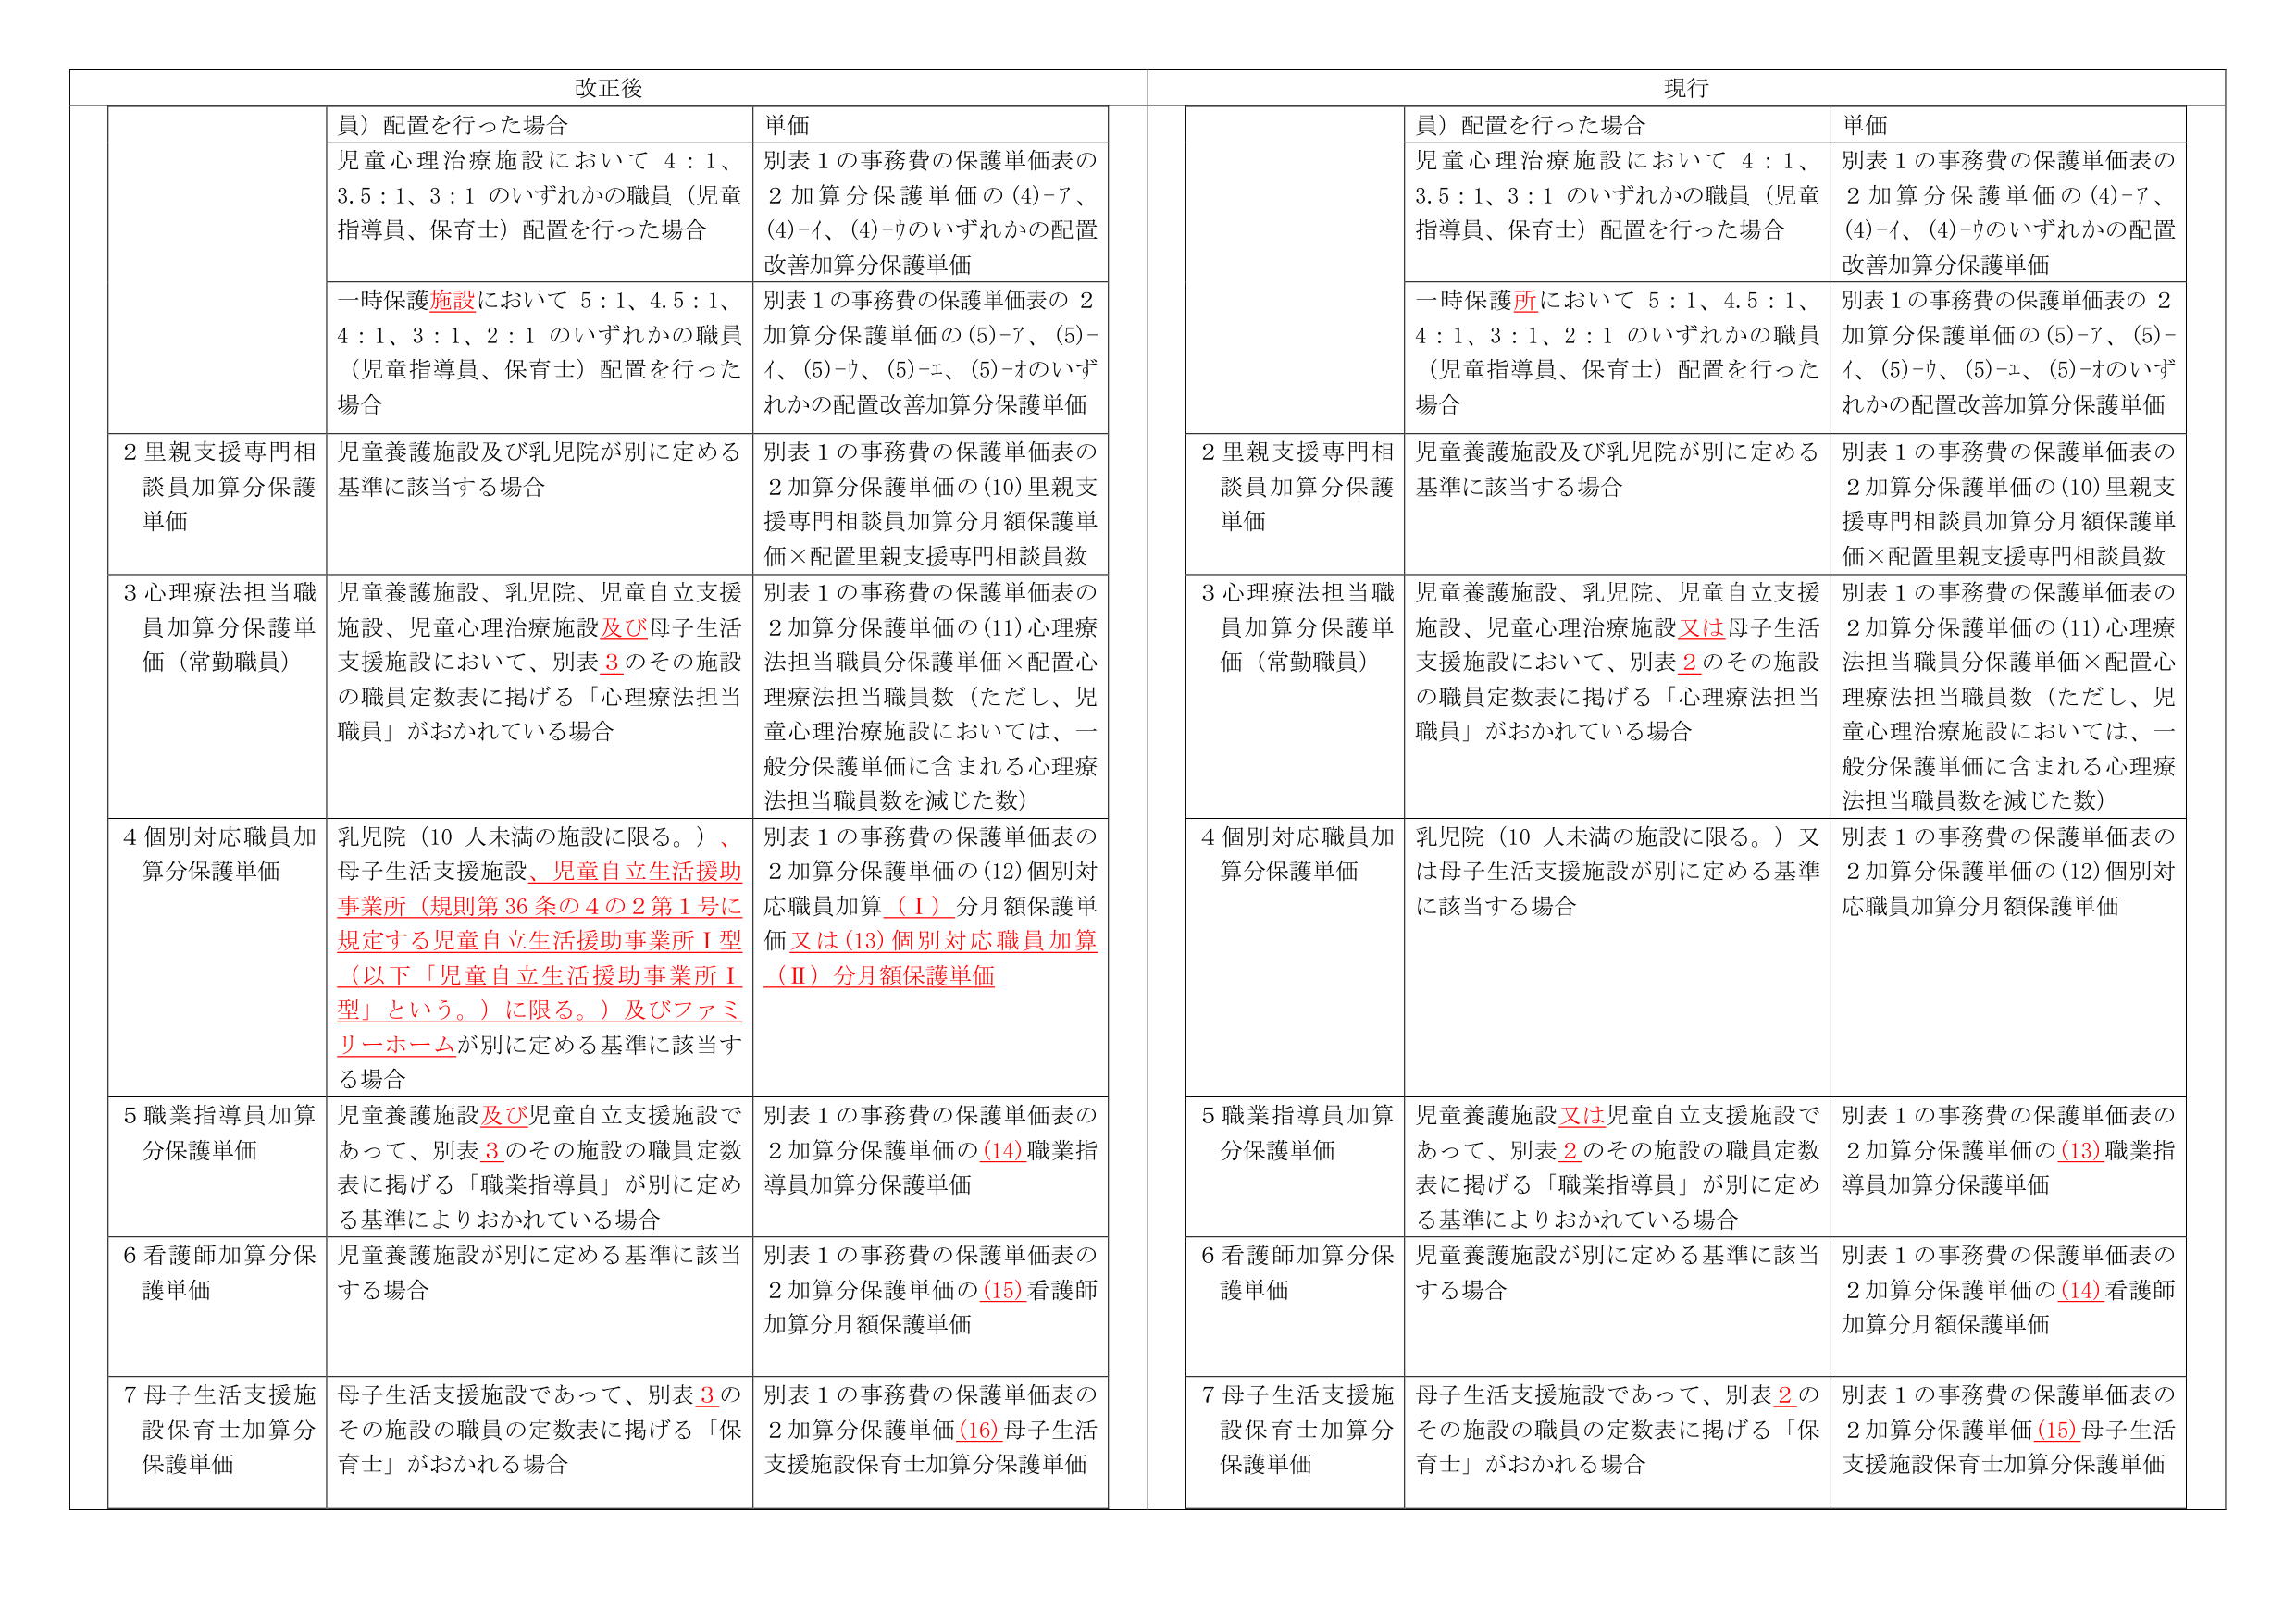
改正後

員）配置を行った場合
単価
児童心理治療施設において 4：1、3.5：1、3：1 のいずれかの職員（児童指導員、保育士）配置を行った場合
別表１の事務費の保護単価表の２加算分保護単価の(4)-7、(4)-イ、(4)-ウのいずれかの配置改善加算分保護単価
一時保護施設において 5：1、4.5：1、4：1、3：1、2：1 のいずれかの職員（児童指導員、保育士）配置を行った場合
別表１の事務費の保護単価表の２加算分保護単価の(5)-7、(5)-イ、(5)-ウ、(5)-エ、(5)-オのいずれかの配置改善加算分保護単価

2 里親支援専門相談員加算分保護単価
児童養護施設及び乳児院が別に定める基準に該当する場合
別表１の事務費の保護単価表の２加算分保護単価の(10)里親支援専門相談員加算分月額保護単価×配置里親支援専門相談員数

3 心理療法担当職員加算分保護単価（常勤職員）
児童養護施設、乳児院、児童自立支援施設、児童心理治療施設及び母子生活支援施設において、別表3のその施設の職員定数表に掲げる「心理療法担当職員」がおかれている場合
別表１の事務費の保護単価表の２加算分保護単価の(11)心理療法担当職員分保護単価×配置心理療法担当職員数（ただし、児童心理治療施設においては、一般分保護単価に含まれる心理療法担当職員数を減じた数）

4 個別対応職員加算分保護単価
乳児院（10人未満の施設に限る。）、母子生活支援施設、児童自立生活援助事業所（規則第36条の4の2第1号に規定する児童自立生活援助事業所Ⅰ型（以下「児童自立生活援助事業所Ⅰ型」という。）に限る。）及びファミリーホームが別に定める基準に該当する場合
別表１の事務費の保護単価表の２加算分保護単価の(12)個別対応職員加算（Ⅰ）分月額保護単価又は(13)個別対応職員加算（Ⅱ）分月額保護単価

5 職業指導員加算分保護単価
児童養護施設及び児童自立支援施設であって、別表3のその施設の職員定数表に掲げる「職業指導員」が別に定める基準によりおかれている場合
別表１の事務費の保護単価表の２加算分保護単価の(14)職業指導員加算分保護単価

6 看護師加算分保護単価
児童養護施設が別に定める基準に該当する場合
別表１の事務費の保護単価表の２加算分保護単価の(15)看護師加算分月額保護単価

7 母子生活支援施設保育士加算分保護単価
母子生活支援施設であって、別表3のその施設の職員の定数表に掲げる「保育士」がおかれる場合
別表１の事務費の保護単価表の２加算分保護単価(16)母子生活支援施設保育士加算分保護単価

現行

員）配置を行った場合
単価
児童心理治療施設において 4：1、3.5：1、3：1 のいずれかの職員（児童指導員、保育士）配置を行った場合
別表１の事務費の保護単価表の２加算分保護単価の(4)-7、(4)-イ、(4)-ウのいずれかの配置改善加算分保護単価
一時保護所において 5：1、4.5：1、4：1、3：1、2：1 のいずれかの職員（児童指導員、保育士）配置を行った場合
別表１の事務費の保護単価表の２加算分保護単価の(5)-7、(5)-イ、(5)-ウ、(5)-エ、(5)-オのいずれかの配置改善加算分保護単価

2 里親支援専門相談員加算分保護単価
児童養護施設及び乳児院が別に定める基準に該当する場合
別表１の事務費の保護単価表の２加算分保護単価の(10)里親支援専門相談員加算分月額保護単価×配置里親支援専門相談員数

3 心理療法担当職員加算分保護単価（常勤職員）
児童養護施設、乳児院、児童自立支援施設、児童心理治療施設又は母子生活支援施設において、別表2のその施設の職員定数表に掲げる「心理療法担当職員」がおかれている場合
別表１の事務費の保護単価表の２加算分保護単価の(11)心理療法担当職員分保護単価×配置心理療法担当職員数（ただし、児童心理治療施設においては、一般分保護単価に含まれる心理療法担当職員数を減じた数）

4 個別対応職員加算分保護単価
乳児院（10人未満の施設に限る。）又は母子生活支援施設が別に定める基準に該当する場合
別表１の事務費の保護単価表の２加算分保護単価の(12)個別対応職員加算分月額保護単価

5 職業指導員加算分保護単価
児童養護施設又は児童自立支援施設であって、別表2のその施設の職員定数表に掲げる「職業指導員」が別に定める基準によりおかれている場合
別表１の事務費の保護単価表の２加算分保護単価の(13)職業指導員加算分保護単価

6 看護師加算分保護単価
児童養護施設が別に定める基準に該当する場合
別表１の事務費の保護単価表の２加算分保護単価の(14)看護師加算分月額保護単価

7 母子生活支援施設保育士加算分保護単価
母子生活支援施設であって、別表2のその施設の職員の定数表に掲げる「保育士」がおかれる場合
別表１の事務費の保護単価表の２加算分保護単価(15)母子生活支援施設保育士加算分保護単価